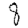
Digit: 8